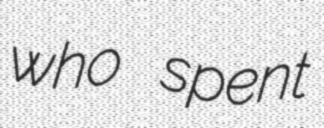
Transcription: who spent